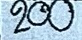
200